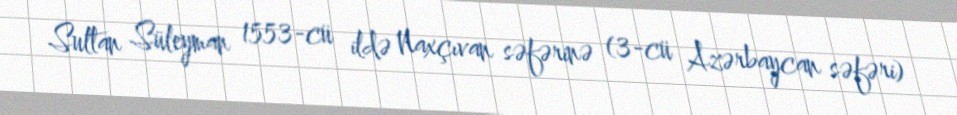
Sultan Süleyman 1553-cü ildə Naxçıvan səfərinə (3-cü Azərbaycan səfəri)